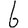
Digit: 6